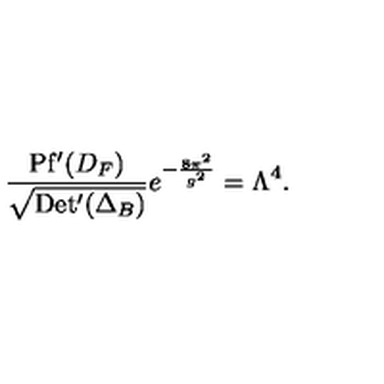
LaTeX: \frac { \mathrm { P f ^ { \prime } } ( D _ { F } ) } { \sqrt { \mathrm { D e t ^ { \prime } } ( \Delta _ { B } ) } } e ^ { - \frac { 8 \pi ^ { 2 } } { g ^ { 2 } } } = \Lambda ^ { 4 } .